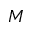
M